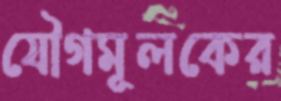
যৌগমূলকের